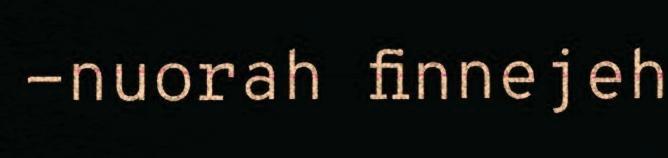
-nuorah finnejeh